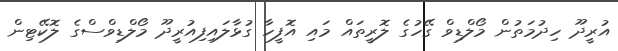
އުރީދޫ ހިދުމަތުން މޯލްޑިވް ގޭހުގެ ލޮރީތައް މައި އޮފީހާ ގުޅާލައިފިއުރީދޫ މޯލްޑިވްސްގެ ލޮކޭޓިން